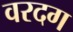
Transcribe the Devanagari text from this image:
वरदग